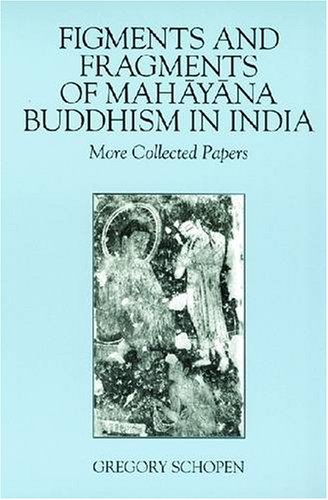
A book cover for Figments and Fragments of Mahayana Buddhism in India: More Collected Papers (Studies in the Buddhist Traditions); Gregory Schopen; Religion & Spirituality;